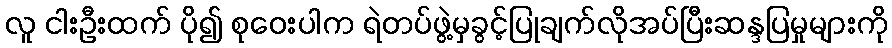
လူ ငါးဦးထက် ပို၍ စုဝေးပါက ရဲတပ်ဖွဲ့မှခွင့်ပြုချက်လိုအပ်ပြီးဆန္ဒပြမှုများကို